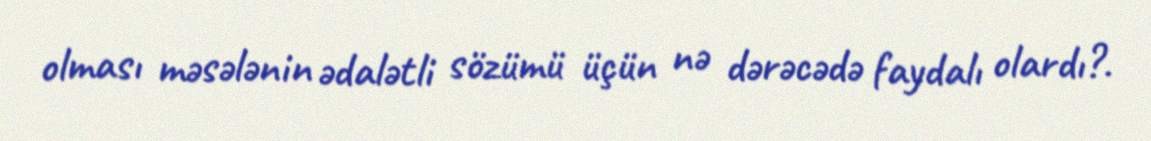
olması məsələnin ədalətli sözümü üçün nə dərəcədə faydalı olardı?.